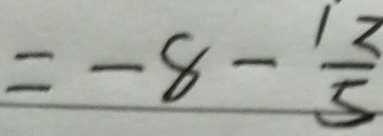
= - 8 - \frac { 1 2 } { 5 }